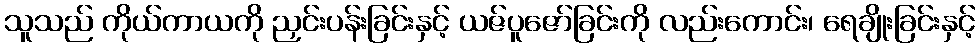
သူသည် ကိုယ်ကာယကို ညှင်းပန်းခြင်းနှင့် ယဇ်ပူဇော်ခြင်းကို လည်းကောင်း၊ ရေချိုးခြင်းနှင့်